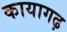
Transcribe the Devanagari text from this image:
कायागढ़